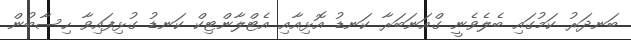
ބަނދަރު ކަމުގައި ބެލެވެނީ ގްއަނަބަރާ ކަނޑު އޮޅިއާއި އެޓްލާންޓިކް ކަނޑު ގުޅިފައިވާ ހިސާބުން